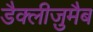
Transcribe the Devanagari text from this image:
डैक्लीज़ुमैब